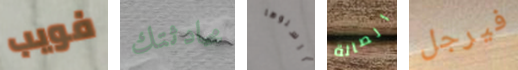
فويب محادثتك أرسلوها الصالة فيرجل